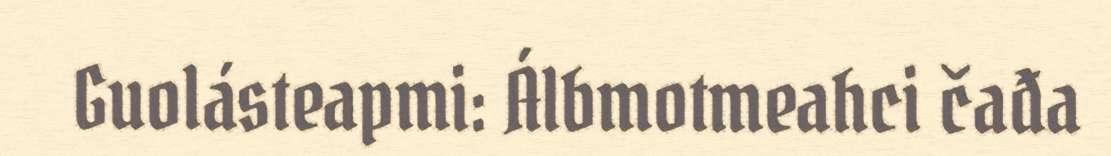
Guolásteapmi: Álbmotmeahci čađa